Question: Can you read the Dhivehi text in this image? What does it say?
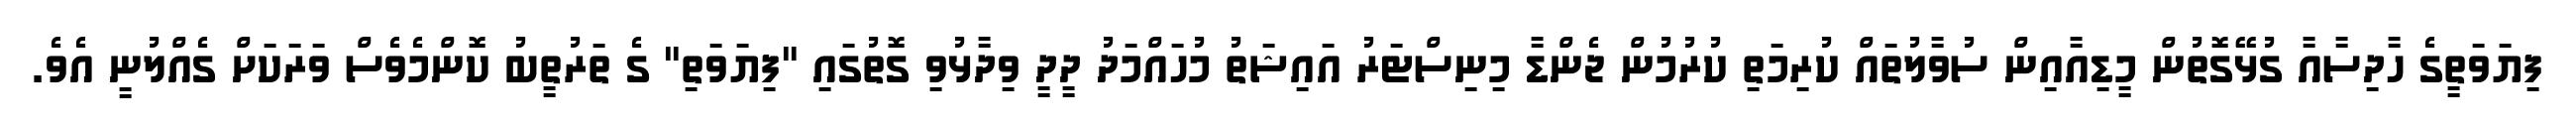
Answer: ފިޔަވަތީގެ ހާދިސާއާ ގުޅޭގޮތުން މީޑިއާއިން ސުވާލުތައް ކުރިމަތި ކުރުމުން ޖެންޑާ މިނިސްޓަރު އައިޝަތު މުހައްމަދު ދީދީ ވިދާޅުވި ގޮތުގައި "ފިޔަވަތި" ގެ ތަރުތީބު ކޮންމެވެސް ވަރަކަށް ގެއްލުނީ އެވެ.